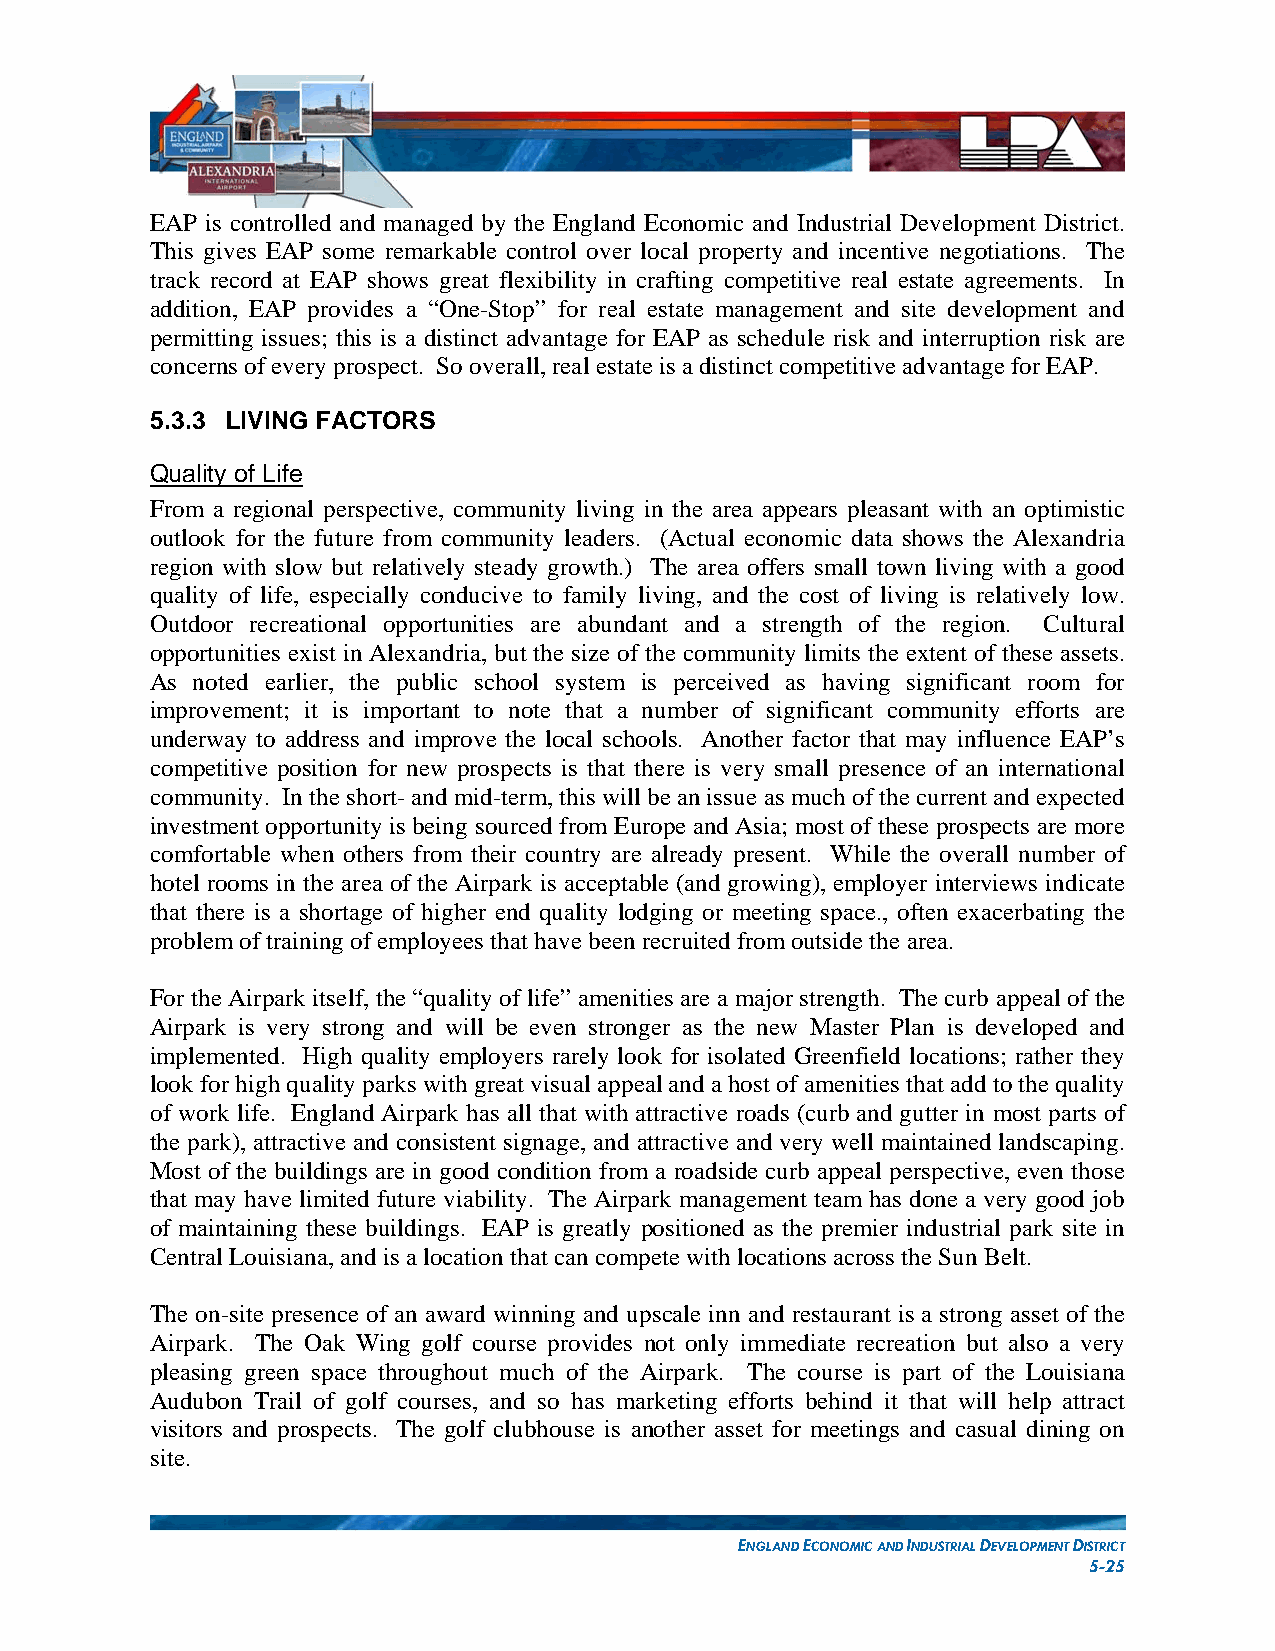
EAP is controlled and managed by the England Economic and Industrial Development District.
 This gives EAP some remarkable control over local property and incentive negotiations. The
 track record at EAP shows great flexibility in crafting competitive real estate agreements. In
 addition, EAP provides a “One-Stop” for real estate management and site development and
 permitting issues; this is a distinct advantage for EAP as schedule risk and interruption risk are
 concerns of every prospect. So overall, real estate is a distinct competitive advantage for EAP.
 5.3.3 LIVING FACTORS
 Quality of Life
 From a regional perspective, community living in the area appears pleasant with an optimistic
 outlook for the future from community leaders. (Actual economic data shows the Alexandria
 region with slow but relatively steady growth.) The area offers small town living with a good
 quality of life, especially conducive to family living, and the cost of living is relatively low.
 Outdoor recreational opportunities are abundant and a strength of the region. Cultural
 opportunities exist in Alexandria, but the size of the community limits the extent of these assets.
 As noted earlier, the public school system is perceived as having significant room for
 improvement; it is important to note that a number of significant community efforts are
 underway to address and improve the local schools. Another factor that may influence EAP’s
 competitive position for new prospects is that there is very small presence of an international
 community. In the short- and mid-term, this will be an issue as much of the current and expected
 investment opportunity is being sourced from Europe and Asia; most of these prospects are more
 comfortable when others from their country are already present. While the overall number of
 hotel rooms in the area of the Airpark is acceptable (and growing), employer interviews indicate
 that there is a shortage of higher end quality lodging or meeting space., often exacerbating the
 problem of training of employees that have been recruited from outside the area.
 For the Airpark itself, the “quality of life” amenities are a major strength. The curb appeal of the
 Airpark is very strong and will be even stronger as the new Master Plan is developed and
 implemented. High quality employers rarely look for isolated Greenfield locations; rather they
 look for high quality parks with great visual appeal and a host of amenities that add to the quality
 of work life. England Airpark has all that with attractive roads (curb and gutter in most parts of
 the park), attractive and consistent signage, and attractive and very well maintained landscaping.
 Most of the buildings are in good condition from a roadside curb appeal perspective, even those
 that may have limited future viability. The Airpark management team has done a very good job
 of maintaining these buildings. EAP is greatly positioned as the premier industrial park site in
 Central Louisiana, and is a location that can compete with locations across the Sun Belt.
 The on-site presence of an award winning and upscale inn and restaurant is a strong asset of the
 Airpark. The Oak Wing golf course provides not only immediate recreation but also a very
 pleasing green space throughout much of the Airpark. The course is part of the Louisiana
 Audubon Trail of golf courses, and so has marketing efforts behind it that will help attract
 visitors and prospects. The golf clubhouse is another asset for meetings and casual dining on
 site.
 ENGLAND ECONOMIC AND INDUSTRIAL DEVELOPMENT DISTRICT
 5-25